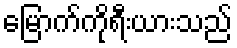
မြောက်ကိုရီးယားသည်